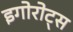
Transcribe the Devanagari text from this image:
इगोरोट्स